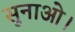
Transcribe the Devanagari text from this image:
सुनाओ।